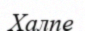
Халпе